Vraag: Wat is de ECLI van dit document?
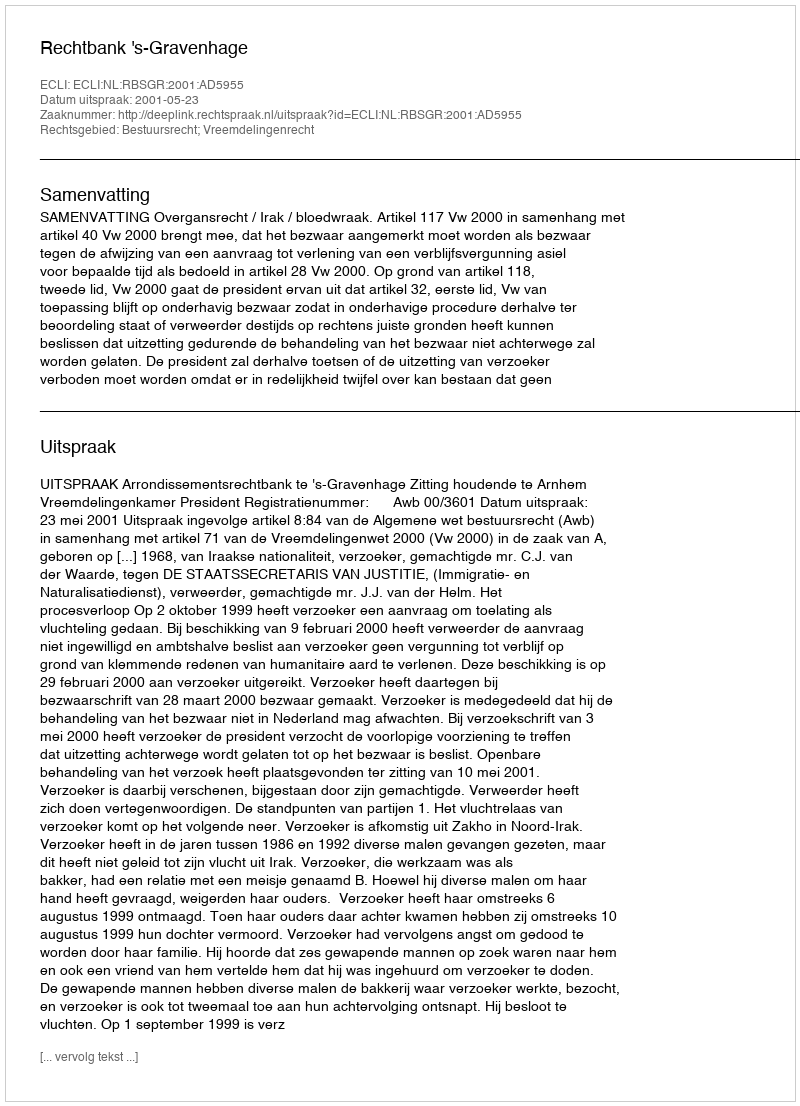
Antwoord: ECLI:NL:RBSGR:2001:AD5955